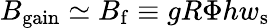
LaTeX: B_{\mathrm{gain}}\simeq B_{\mathrm{f}}\equiv gR\Phi hw_{\mathrm{s}}